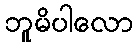
ဘူမိပါလော